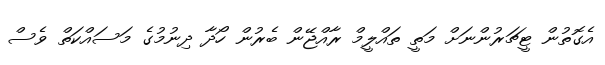
އެގޮތުން ޓީޗަރުންނަށް މަތީ ތައްލީމް ރާއްޖޭން ބެރުން ހޯދާ ދިނުމުގެ މަސައްކަތް ވެސް